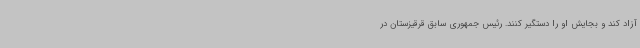
آزاد کند و بجایش او را دستگیر کنند. رئیس جمهوری سابق قرقیزستان در